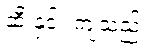
ဆီးနှင်း ကျသည်။